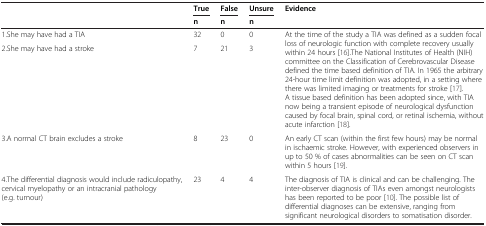
<table><thead><tr><td rowspan="2"><b> </b></td><td><b>True</b></td><td><b>False</b></td><td><b>Unsure</b></td><td><b>Evidence</b></td></tr><tr><td><b>n</b></td><td><b>n</b></td><td><b>n</b></td><td></td></tr></thead><tbody><tr><td>1.She may have had a TIA</td><td>32</td><td>0</td><td>0</td><td rowspan="2">At the time of the study a TIA was defined as a sudden focal loss of neurologic function with complete recovery usually within 24 hours [16].The National Institutes of Health (NIH) committee on the Classification of Cerebrovascular Disease defined the time based definition of TIA. In 1965 the arbitrary 24-hour time limit definition was adopted, in a setting where there was limited imaging or treatments for stroke [17]. A tissue based definition has been adopted since, with TIA now being a transient episode of neurological dysfunction caused by focal brain, spinal cord, or retinal ischemia, without acute infarction [18].</td></tr><tr><td>2.She may have had a stroke</td><td>7</td><td>21</td><td>3</td></tr><tr><td>3.A normal CT brain excludes a stroke</td><td>8</td><td>23</td><td>0</td><td>An early CT scan (within the first few hours) may be normal in ischaemic stroke. However, with experienced observers in up to 50 % of cases abnormalities can be seen on CT scan within 5 hours [19].</td></tr><tr><td>4.The differential diagnosis would include radiculopathy, cervical myelopathy or an intracranial pathology (e.g. tumour)</td><td>23</td><td>4</td><td>4</td><td>The diagnosis of TIA is clinical and can be challenging. The inter-observer diagnosis of TIAs even amongst neurologists has been reported to be poor [10]. The possible list of differential diagnoses can be extensive, ranging from significant neurological disorders to somatisation disorder.</td></tr></tbody></table>